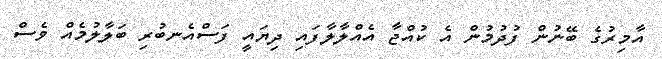
އާމިރުގެ ބޭނުން ފުދުމުން އެ ކުއްޖާ އެއްލާލާފައި ދިޔައީ ފަސްއެނބުރި ބަލާލުމެއް ވެސް